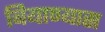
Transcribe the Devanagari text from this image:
बियाण्यास